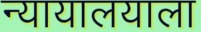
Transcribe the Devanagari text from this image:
न्यायालयाला